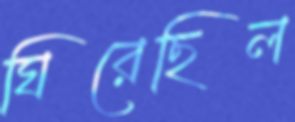
ঘিরেছিল